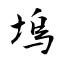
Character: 塢